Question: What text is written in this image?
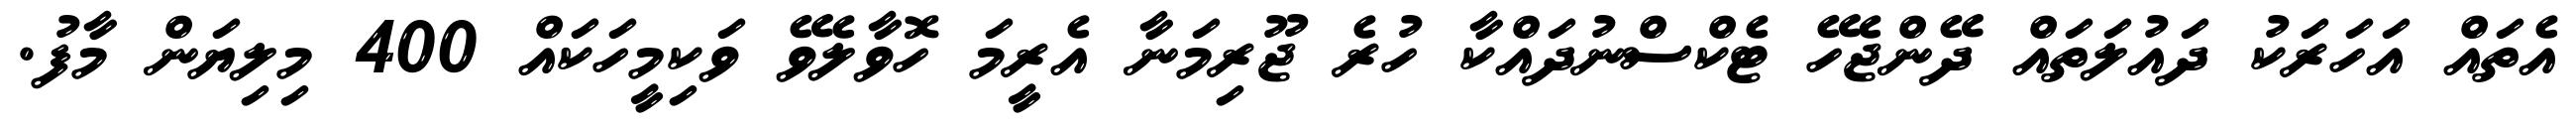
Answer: އެތައް އަހަރަކު ދައުލަތައް ދޭންޖެހޭ ޓެކްސްނުދައްކާ ހުރެ ޖޫރިމަނާ އެރީމަ ހޮވާލެވޭ ވަކިމީހަކައް 400 މިލިޔަން މާފު.